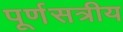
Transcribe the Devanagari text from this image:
पूर्णसत्रीय